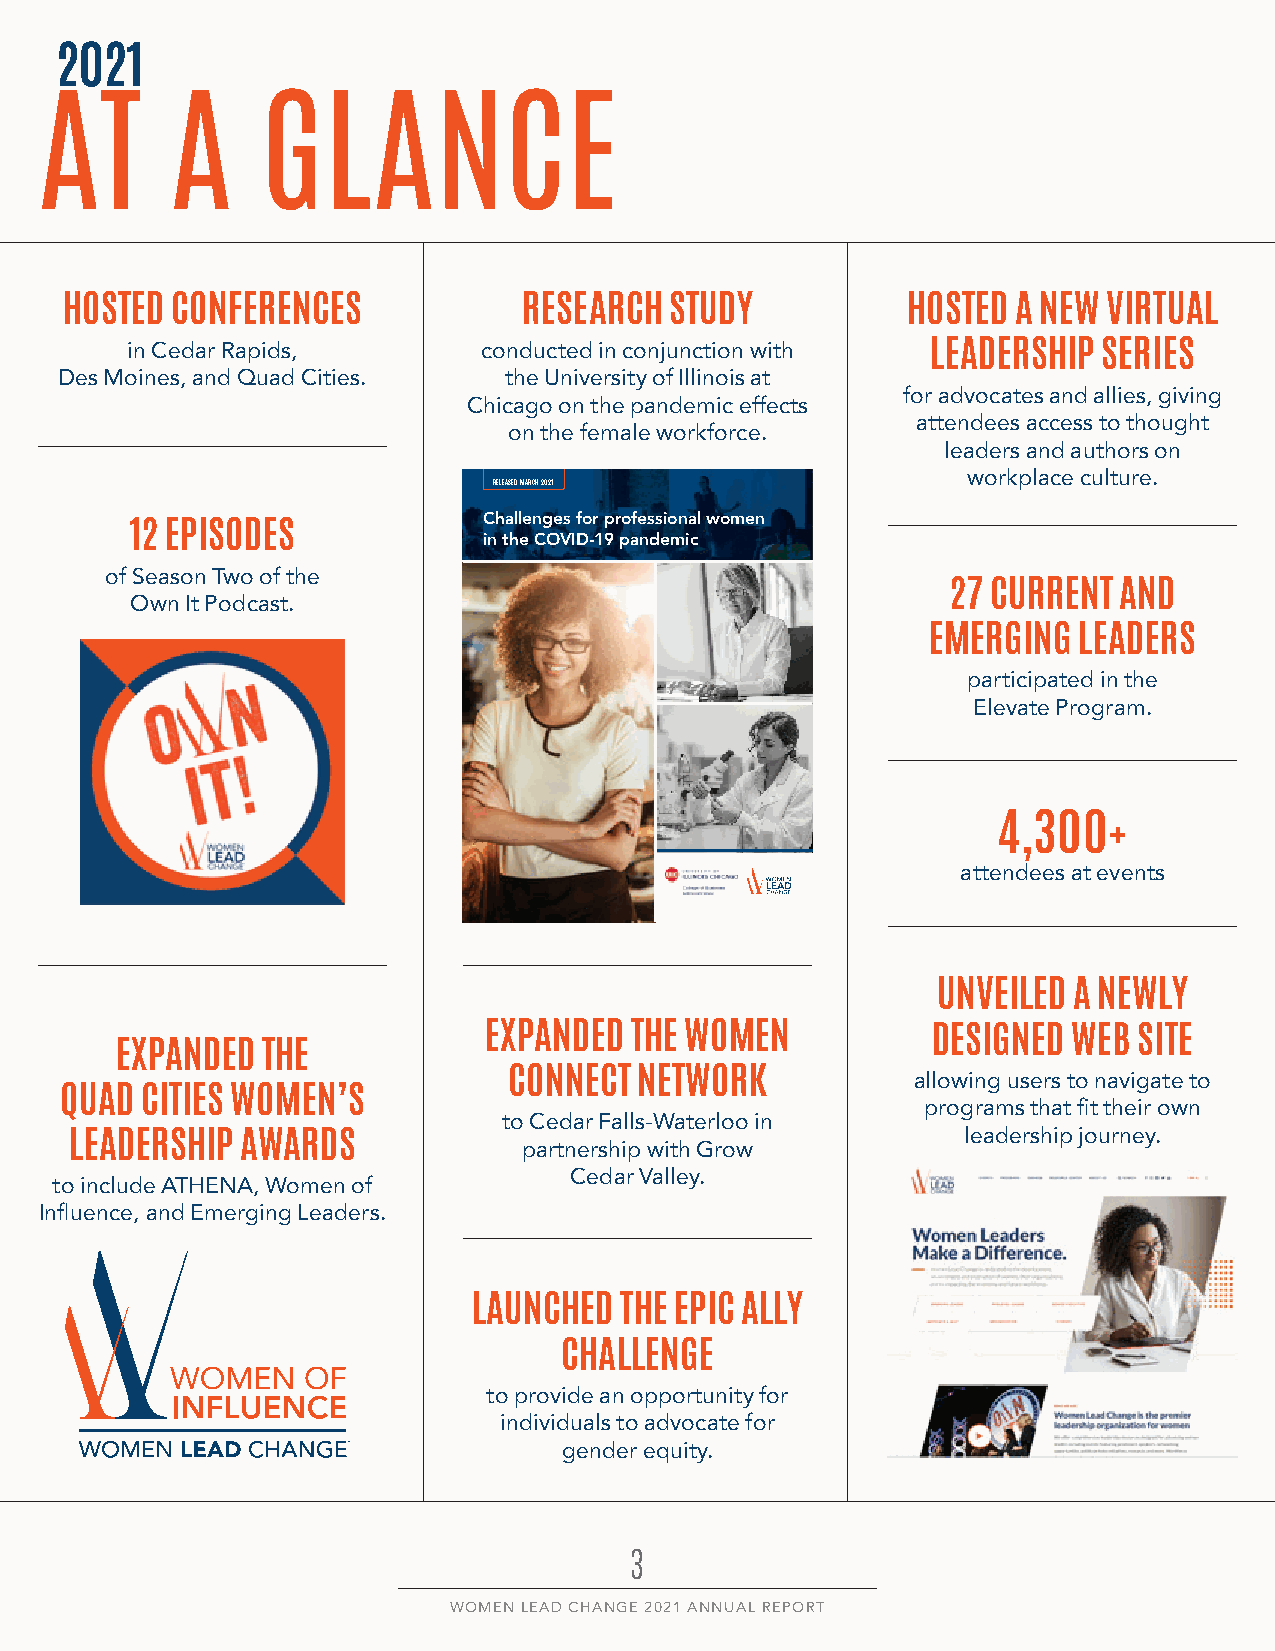
2021
 AT       A     GLANCE
 HOSTED CONFERENCES             RESEARCH STUDY           HOSTED A NEW VIRTUAL
 in Cedar Rapids,        conducted in conjunction with LEADERSHIP SERIES
 Des Moines, and Quad Cities. the University of Illinois at
 for advocates and allies, giving
 Chicago on the pandemic effects
 attendees access to thought
 on the female workforce.
 leaders and authors on
 workplace culture.
 RELEASED MARCH 2021
 Challenges for professional women
 12 EPISODES
 in the COVID-19 pandemic
 of Season Two of the
 27 CURRENT AND
 Own It Podcast.
 EMERGING LEADERS
 participated in the
 Elevate Program.
 4,300+
 attendees at events
 UNVEILED A NEWLY
 EXPANDED  THE WOMEN           DESIGNED WEB SITE
 EXPANDED THE
 CONNECT NETWORK            allowing users to navigate to
 QUAD CITIES WOMEN’S
 programs that fit their own
 to Cedar Falls-Waterloo in
 leadership journey.
 LEADERSHIP AWARDS
 partnership with Grow
 Cedar Valley.
 to include ATHENA, Women of
 Influence, and Emerging Leaders.
 LAUNCHED  THE EPIC ALLY
 CHALLENGE
 to provide an opportunity for
 individuals to advocate for
 gender equity.
 3
 WOMEN LEAD CHANGE 2021 ANNUAL REPORT